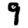
Digit: 9